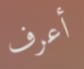
أعرف